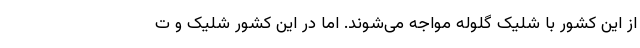
از این کشور با شلیک گلوله مواجه می‌شوند. اما در این کشور شلیک و ت